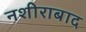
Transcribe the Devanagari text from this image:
नशीराबाद